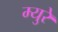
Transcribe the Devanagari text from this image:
म्‍युरे